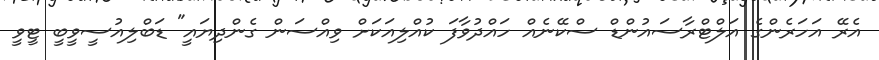
އެރޭ އަހަރެންގެ އަލްޓްރާސައުންޑް ސްކޭނެއް ހައްދުވާފަ ކުއްލިއަކަށް ވިއްސަން ގެންދިޔައީ" ޑަބްލިއުސީވީބީ ޓީވީ